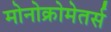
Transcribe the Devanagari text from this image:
मोनोक्रोमेतर्स